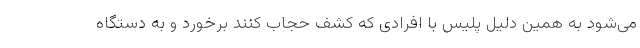
می‌شود به همین دلیل پلیس با افرادی که کشف حجاب کنند برخورد و به دستگاه